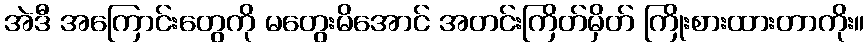
အဲဒီ အကြောင်းတွေကို မတွေးမိအောင် အတင်းကြိတ်မှိတ် ကြိုးစားထားတာကိုး။